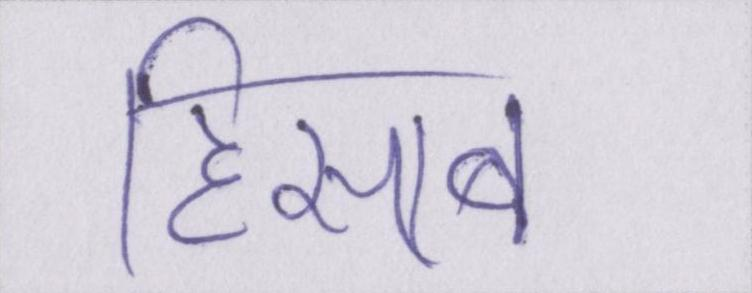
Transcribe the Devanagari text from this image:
हिसाब